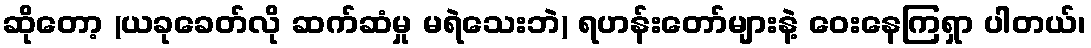
ဆိုတော့ (ယခုခေတ်လို ဆက်ဆံမှု မရဲသေးဘဲ) ရဟန်းတော်များနဲ့ ဝေးနေကြရှာ ပါတယ်၊